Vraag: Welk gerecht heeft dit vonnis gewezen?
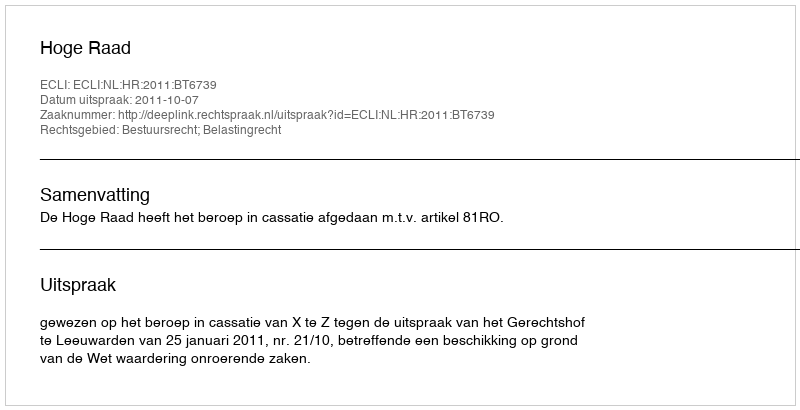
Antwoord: Hoge Raad